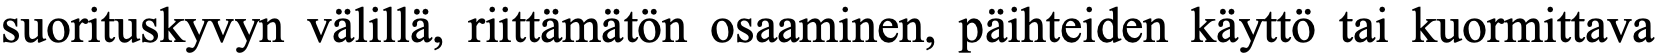
suorituskyvyn välillä, riittämätön osaaminen, päihteiden käyttö tai kuormittava